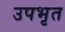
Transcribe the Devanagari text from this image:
उपभृत